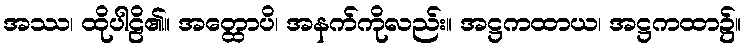
အဿ၊ ထိုပါဠိ၏။ အတ္ထောပိ၊ အနက်ကိုလည်း။ အဋ္ဌကထာယ၊ အဋ္ဌကထာ၌။